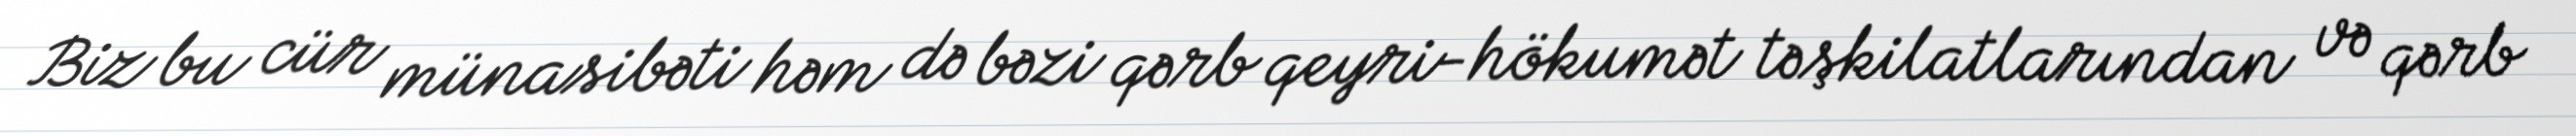
Biz bu cür münasibəti həm də bəzi qərb qeyri-hökumət təşkilatlarından və qərb